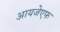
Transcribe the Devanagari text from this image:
आयजेएफ